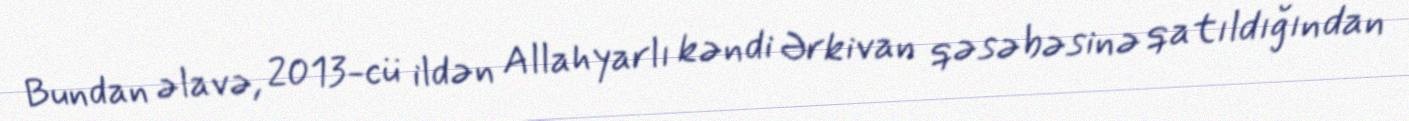
Bundan əlavə, 2013-cü ildən Allahyarlı kəndi Ərkivan qəsəbəsinə qatıldığından